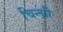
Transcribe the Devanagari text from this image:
चिन्च्री